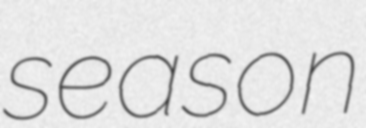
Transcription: season